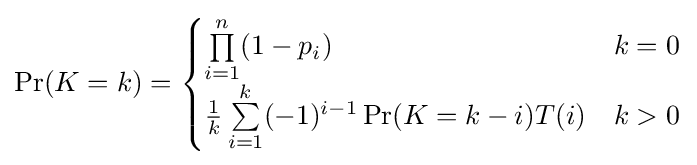
\Pr(K=k)={\begin{cases}\prod \limits _{i=1}^{n}(1-p_{i})&k=0\\{\frac {1}{k}}\sum \limits _{i=1}^{k}(-1)^{i-1}\Pr(K=k-i)T(i)&k>0\\\end{cases}}